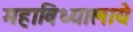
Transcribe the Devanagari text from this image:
महाविध्यालाये